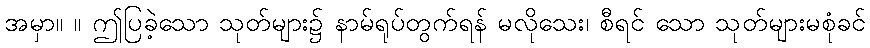
အမှာ။ ။ ဤပြခဲ့သော သုတ်များ၌ နာမ်ရုပ်တွက်ရန် မလိုသေး၊ စီရင် သော သုတ်များမစုံခင်